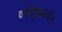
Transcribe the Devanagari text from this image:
कपिकुळातील